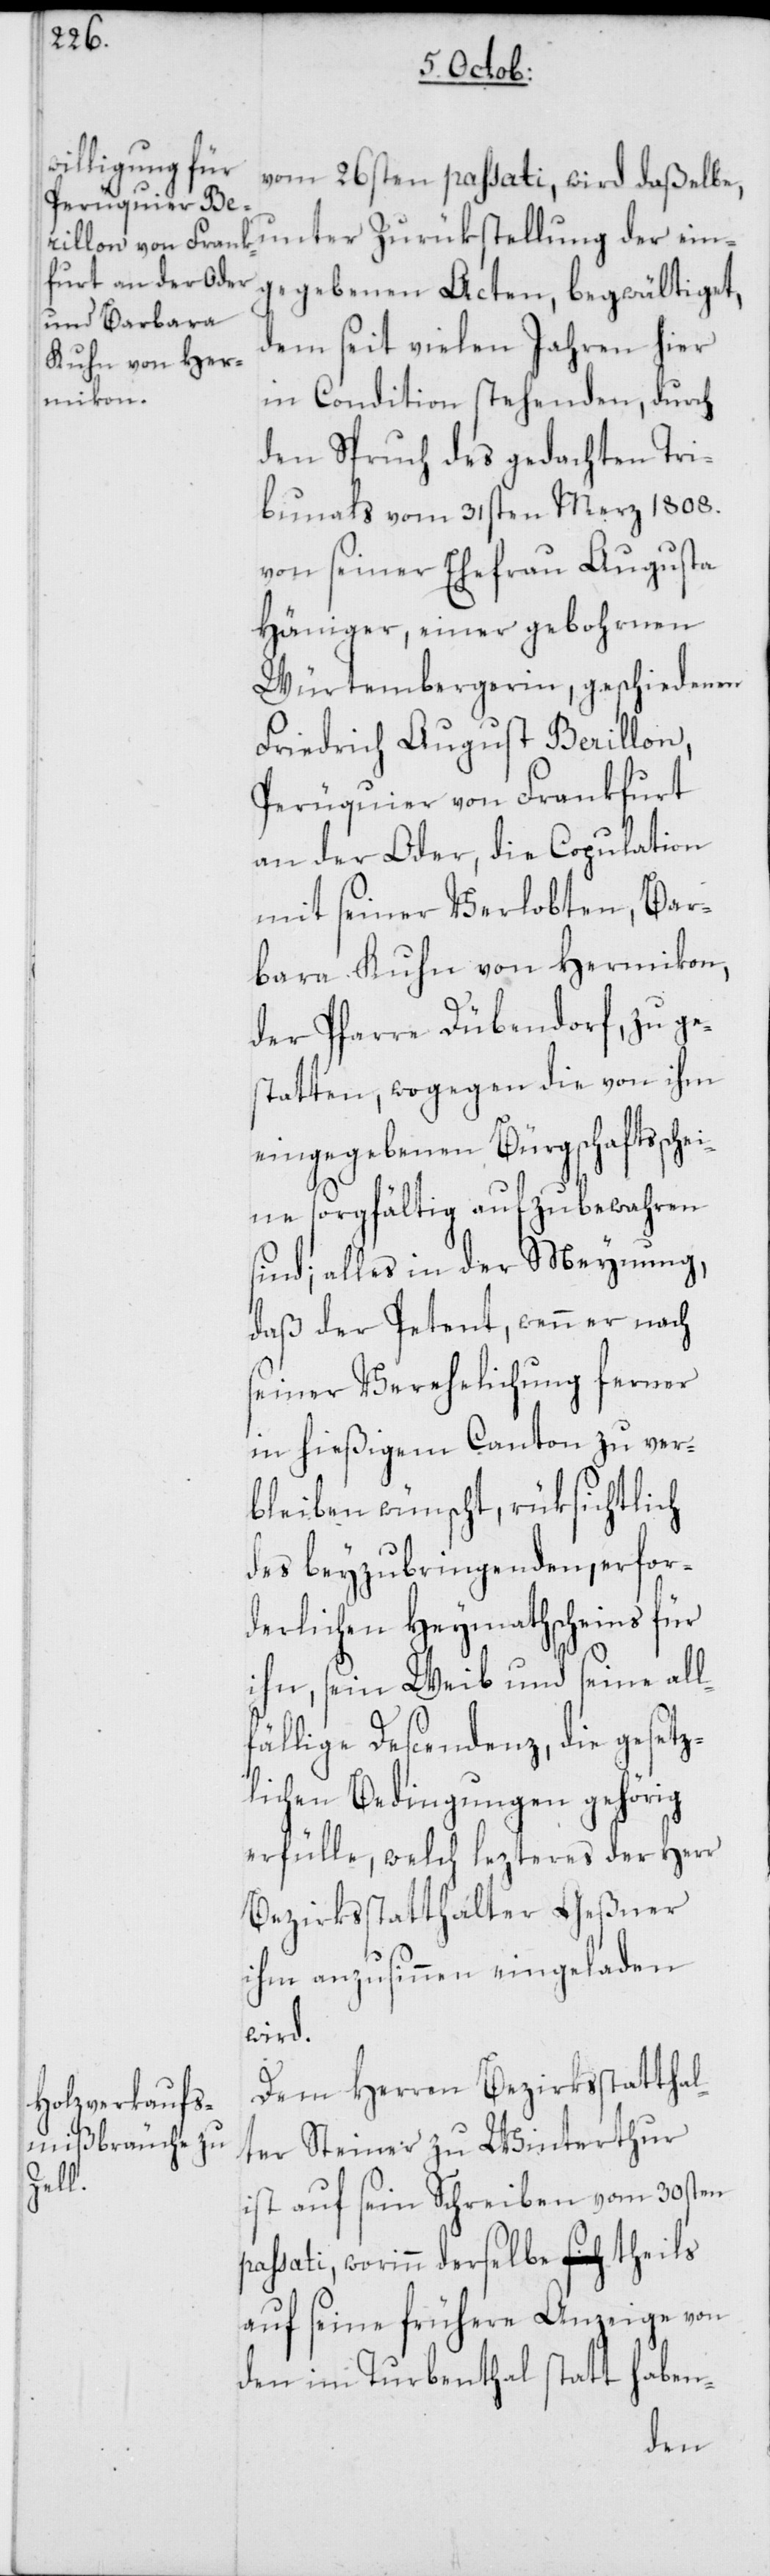
vom 26sten passati, wird daßelbe,
gegebenen Acten, begwältiget,
dem seit vielen Jahren hier
in Condition stehenden, durch
den Spruch des gedachten Tri¬
bunals vom 31sten Merz 1808.
von seiner Ehefrau Augusta
Häniger, einer gebohrnen
Würtembergerin, geschiedenen
Friedrich August Berillon,
Perüquier von Frankfurt
an der Oder, die Copulation
mit seiner Verlobten, Bar¬
bara Kuhn von Hermikon,
der Pfarre Dübendorf, zu ge¬
statten, wogegen die von ihm
eingegebenen Bürgschaftssche¬
ine sorgfältig aufzubewahren
sind; alles in der Meynung,
daß der Petent, wenn er nach
seiner Verehelichung ferner
in hießigem Canton zu ver¬
bleiben wünscht, rüksichtlich
des beyzubringenden, erfor¬
derlichen Heymathscheins für
ihn, sein Weib und seine all¬
fällige Descendenz, die gesetz¬
lichen Bedingungen gehörig
erfülle, welch lezteres der Herr
Bezirksstatthalter Geßner
ihm anzusinnen eingeladen
wird.
Dem Herren Bezirksstatthal¬
ter Steiner zu Winterthur
ist auf sein Schreiben vom 30sten
passati, worinn derselbe theils
auf seine frühere Anzeige von
den im Turbenthal statt haben-
ein¬